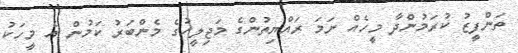
ތަންފީޒު ކުރަމުންދާ މީހެއް ނަމަ ރައްޔިތުންގެ މަޖިލީހުގެ މެންބަރު ކަމުން އެ މީހަކު